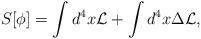
LaTeX: \begin{align*}S[\phi]=\int d^4x {\cal L} + \int d^4x {\Delta}{\cal L},\end{align*}